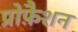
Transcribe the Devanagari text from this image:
प्रोफ़ैशन